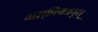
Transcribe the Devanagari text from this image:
आफ़्रीकानूस्